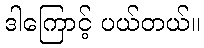
ဒါကြောင့် ပယ်တယ်။